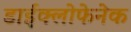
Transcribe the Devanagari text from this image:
डाईक्लोफेनेक